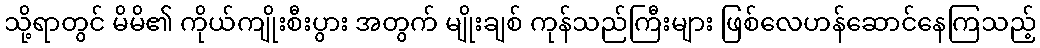
သို့ရာတွင် မိမိ၏ ကိုယ်ကျိုးစီးပွား အတွက် မျိုးချစ် ကုန်သည်ကြီးများ ဖြစ်လေဟန်ဆောင်နေကြသည့်